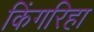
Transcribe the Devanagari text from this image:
किंगरिहा